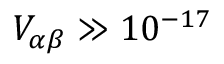
V _ { \alpha \beta } \gg 1 0 ^ { - 1 7 }